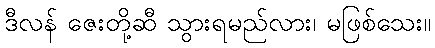
ဒီလန် ဇေးတို့ဆီ သွားရမည်လား၊ မဖြစ်သေး။